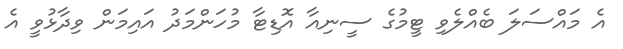
އެ މައްސަލަ ބެއްލެވި ޓީމުގެ ސީނިއާ އޮޑިޓާ މުހަންމަދު އައިމަން ވިދާޅުވީ އެ